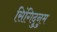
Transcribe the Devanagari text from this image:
सिंगिदुनुम